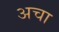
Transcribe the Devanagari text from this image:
अचा